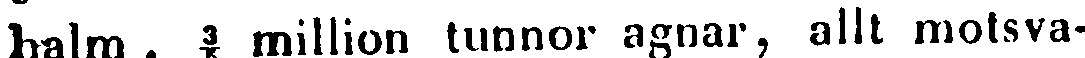
halm , ³/5 million tunnor agnar, allt motsva-